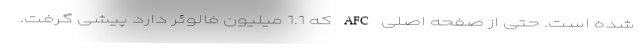
شده است. حتی از صفحه اصلی AFC که 1.1 میلیون فالوئر دارد پیشی گرفت.